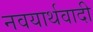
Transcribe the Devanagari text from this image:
नवयार्थवादी